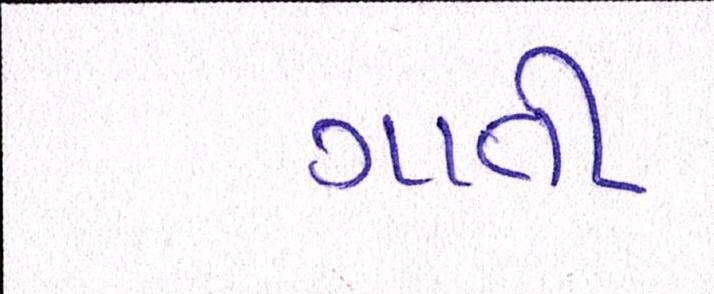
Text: ગાતી